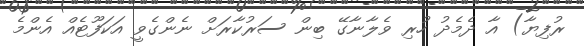
ރުފިޔާ) އާ ދެމެދު ހުރި ވެލާނާގޭ ބިން ސަރުކާރަށް ނެންގެވީ އަކަފޫޓެއް އެންމެ